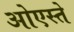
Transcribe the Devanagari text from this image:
ओएस्ते